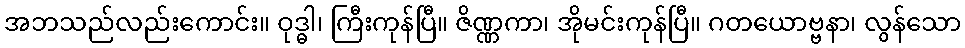
အဘသည်လည်းကောင်း။ ဝုဒ္ဓါ၊ ကြီးကုန်ပြီ။ ဇိဏ္ဏကာ၊ အိုမင်းကုန်ပြီ။ ဂတယောဗ္ဗနာ၊ လွန်သော